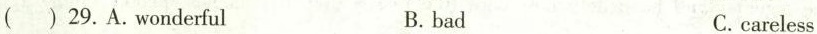
( ) 29.A.Wonderful B. bad C.careless